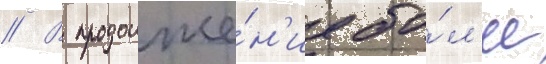
// В продолже́н'ие бо́л'ее